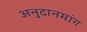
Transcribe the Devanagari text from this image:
अनुदानमांग